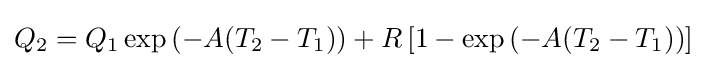
Q_{2}=Q_{1}\exp \left(-A(T_{2}-T_{1})\right)+R\left[1-\exp \left(-A(T_{2}-T_{1})\right)\right]